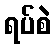
ရပ်စဲ